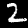
Digit: 2